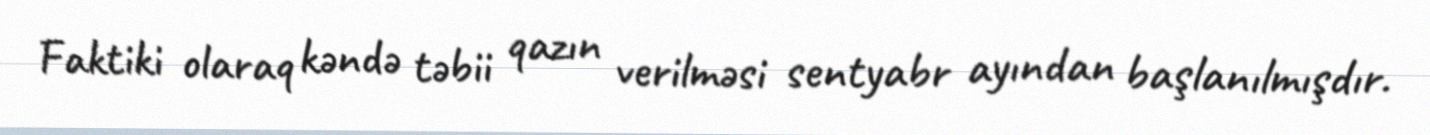
Faktiki olaraq kəndə təbii qazın verilməsi sentyabr ayından başlanılmışdır.